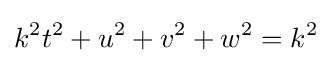
k^{2}t^{2}+u^{2}+v^{2}+w^{2}=k^{2}